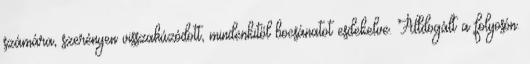
számára, szerényen visszahúzódott, mindenkitől bocsánatot esdekelve. Álldogált a folyosón.